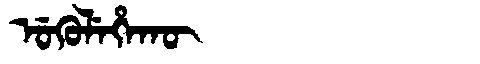
Manchu: ᡠᡴᡠᠯᡝᡥᠠᡴᡡ
Romanization: UKULEHAKŪ